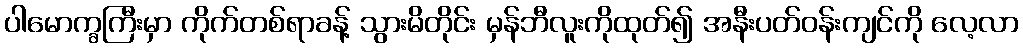
ပါမောက္ခကြီးမှာ ကိုက်တစ်ရာခန့် သွားမိတိုင်း မှန်ဘီလူးကိုထုတ်၍ အနီးပတ်ဝန်းကျင်ကို လေ့လာ